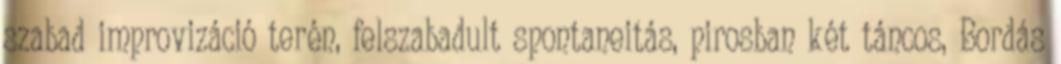
szabad improvizáció terén, felszabadult spontaneitás, pirosban két táncos, Bordás